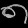
Digit: ၈